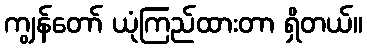
ကျွန်တော် ယုံကြည်ထားတာ ရှိတယ်။